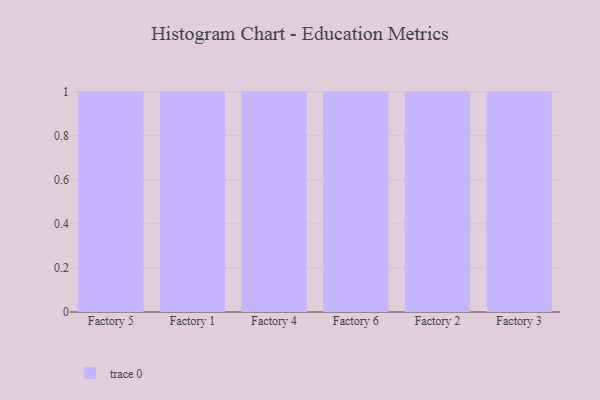
{"axis": {"x": "Factory", "y": "Backlog"}, "legend": [""], "data": [{"x": "Factory 5", "y": 13, "type": ""}, {"x": "Factory 1", "y": 65, "type": ""}, {"x": "Factory 4", "y": 90, "type": ""}, {"x": "Factory 6", "y": 20, "type": ""}, {"x": "Factory 2", "y": 66, "type": ""}, {"x": "Factory 3", "y": 15, "type": ""}]}